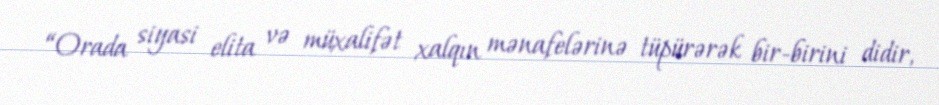
“Orada siyasi elita və müxalifət xalqın mənafelərinə tüpürərək bir-birini didir,